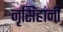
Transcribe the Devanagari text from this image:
नृसिंहांनी